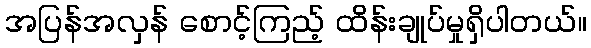
အပြန်အလှန် စောင့်ကြည့် ထိန်းချုပ်မှုရှိပါတယ်။